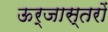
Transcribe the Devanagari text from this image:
ऊर्जास्तरों